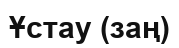
Ұстау (заң)